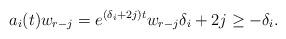
LaTeX: \begin{align*}a_i(t)w_{r-j}=e^{(\delta_{i}+2j)t}w_{r-j} \delta_{i}+2j\geq -\delta_{i}.\end{align*}